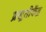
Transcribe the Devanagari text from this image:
प्रसूतीकेंद्र